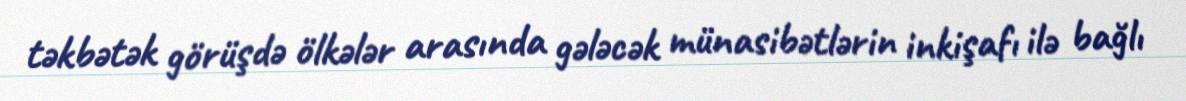
təkbətək görüşdə ölkələr arasında gələcək münasibətlərin inkişafı ilə bağlı